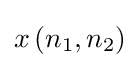
x\left(n_{1},n_{2}\right)